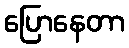
ပြောနေတာ